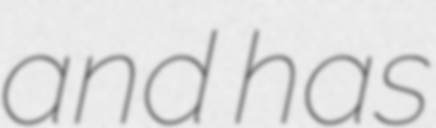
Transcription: and has